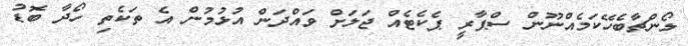
ލޯންޗާބެހޭކަމެއްނޫން ސްޕާރީ ޕެކެޓެއް ޖަލަށް ވައްދަން އުޅުމުން އެ ތަކެތި ހޯދާ ބޮޑު